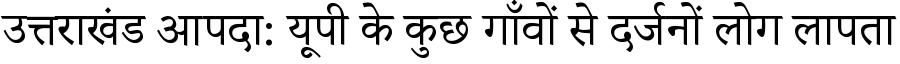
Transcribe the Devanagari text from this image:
उत्तराखंड आपदा: यूपी के कुछ गाँवों से दर्जनों लोग लापता